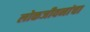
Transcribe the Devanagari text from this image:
लोकजीवनांचा